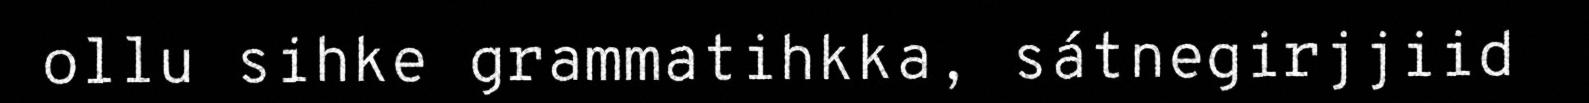
ollu sihke grammatihkka, sátnegirjjiid